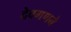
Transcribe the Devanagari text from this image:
देवगणने